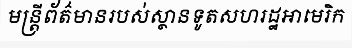
មន្ត្រីព័ត៌មានរបស់ស្ថានទូតសហរដ្ឋអាមេរិក